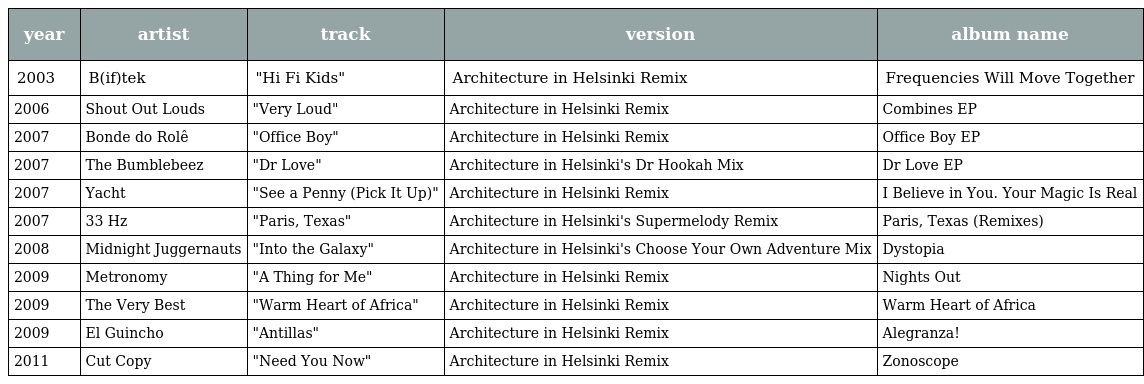
| year | artist | track | version | album name |
 | --- | --- | --- | --- | --- |
 | 2003 | B(if)tek | "Hi Fi Kids" | Architecture in Helsinki Remix | Frequencies Will Move Together |
 | 2006 | Shout Out Louds | "Very Loud" | Architecture in Helsinki Remix | Combines EP |
 | 2007 | Bonde do Rolê | "Office Boy" | Architecture in Helsinki Remix | Office Boy EP |
 | 2007 | The Bumblebeez | "Dr Love" | Architecture in Helsinki's Dr Hookah Mix | Dr Love EP |
 | 2007 | Yacht | "See a Penny (Pick It Up)" | Architecture in Helsinki Remix | I Believe in You. Your Magic Is Real |
 | 2007 | 33 Hz | "Paris, Texas" | Architecture in Helsinki's Supermelody Remix | Paris, Texas (Remixes) |
 | 2008 | Midnight Juggernauts | "Into the Galaxy" | Architecture in Helsinki's Choose Your Own Adventure Mix | Dystopia |
 | 2009 | Metronomy | "A Thing for Me" | Architecture in Helsinki Remix | Nights Out |
 | 2009 | The Very Best | "Warm Heart of Africa" | Architecture in Helsinki Remix | Warm Heart of Africa |
 | 2009 | El Guincho | "Antillas" | Architecture in Helsinki Remix | Alegranza! |
 | 2011 | Cut Copy | "Need You Now" | Architecture in Helsinki Remix | Zonoscope |